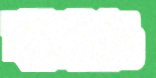
কালারও